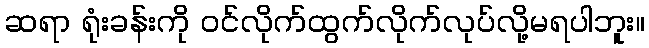
ဆရာ ရုံးခန်းကို ဝင်လိုက်ထွက်လိုက်လုပ်လို့မရပါဘူး။